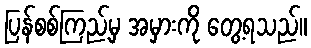
ပြန်စစ်ကြည့်မှ အမှားကို တွေ့ရသည်။